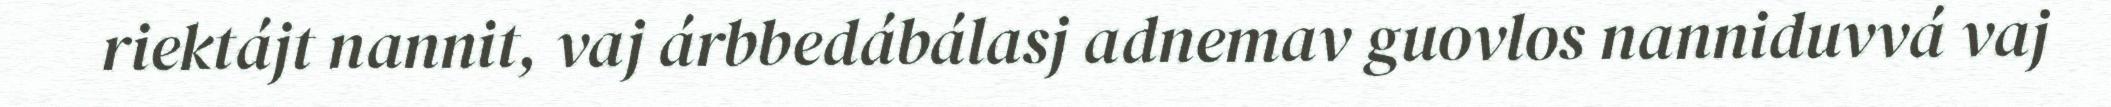
riektájt nannit, vaj árbbedábálasj adnemav guovlos nanniduvvá vaj